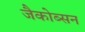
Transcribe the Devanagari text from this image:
जैकोब्सन